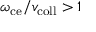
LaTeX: \omega _ { \mathrm { c e } } / v _ { \mathrm { c o l l } } > 1